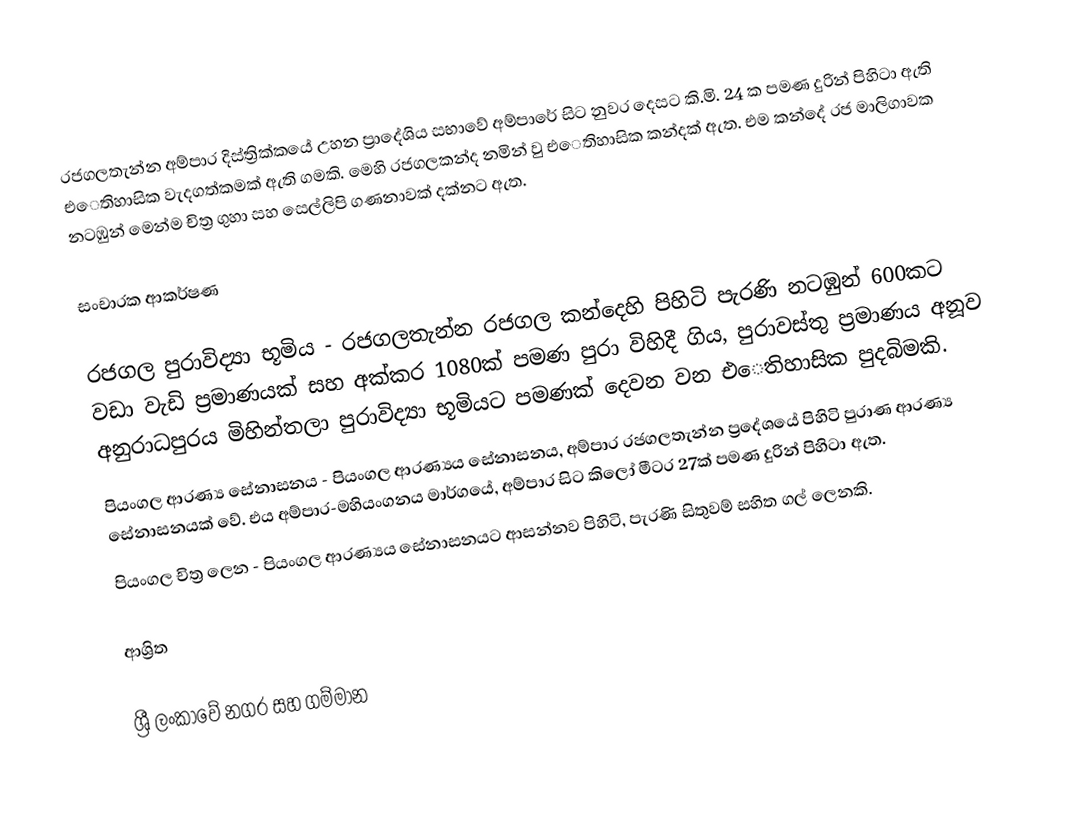
රජගලතැන්න අම්පාර දිස්ත්‍රික්කයේ උහන ප්‍රාදේශිය සභාවේ අම්පාරේ සිට නුවර දෙසට කි.මි. 24 ක පමණ දුරින් පිහිටා ඇති ‍එෙතිහාසික වැදගත්කමක් ඇති ගමකි. මෙහි රජගලකන්ද නමින් වු එෙතිහාසික කන්දක් ඇත. එම කන්දේ රජ මාලිගාවක නටඹුන් මෙන්ම චිත්‍ර ගුහා සහ සෙල්ලිපි ගණනාවක් දක්නට ඇත.

සංචාරක ආකර්ෂණ

රජගල පුරාවිද්‍යා භූමිය - රජගලතැන්න රජගල කන්දෙහි පිහිටි පැරණි නටඹුන් 600කට වඩා වැඩි ප්‍රමාණයක් සහ අක්කර 1080ක් පමණ පුරා විහිදී ගිය, පුරාවස්තු ප්‍රමාණය අනූව අනුරාධපුරය මිහින්තලා පුරාවිද්‍යා භූමියට පමණක් දෙවන වන එෙතිහාසික පුදබිමකි.
පියංගල ආරණ්‍ය සේනාසනය - පියංගල ආරණ්‍යය සේනාසනය, අම්පාර රජගලතැන්න ප්‍රදේශයේ පිහිටි පුරාණ ආරණ්‍ය සේනාසනයක් වේ. එය අම්පාර-මහියංගනය මාර්ගයේ, අම්පාර සිට කිලෝ මීටර 27ක් පමණ දුරින් පිහිටා ඇත.
පියංගල චිත්‍ර ලෙන - පියංගල ආරණ්‍යය සේනාසනයට ආසන්නව පිහිටි, පැරණි සිතුවම් සහිත ගල් ලෙනකි.

ආශ්‍රිත

ශ්‍රී ලංකාවේ නගර සහ ගම්මාන